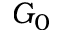
G _ { 0 }